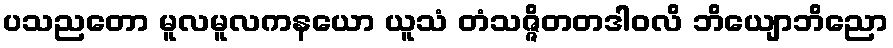
ပသညတော မူလမူလကနယော ယူသံ တံသဇ္ဇိတတဒါဝလိ ဘိယျောဘိညော